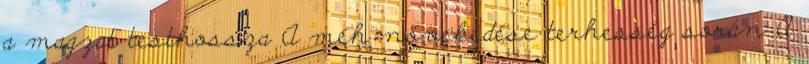
a magzat testhossza A méh növekedése terhesség során A